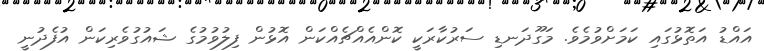
އައްޑު އަތޮޅުގައި ކަމަށްވުމެވެ. މަގޫދަނޑި ސަރުކާރަކީ ކޮންއެއްޗެއްކަން އޮޅުން ފިލުވުމުގެ ޝައުގުވެރިކަން އުފެދުނީ